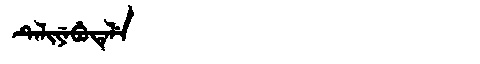
Manchu: ᡨᡝᠯᡳᠶᡝᠪᡠᡨᡝᠯᡝ
Romanization: TELIYEBUTELE